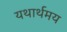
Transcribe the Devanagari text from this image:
यथार्थमय